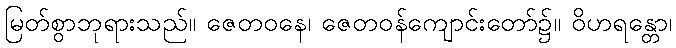
မြတ်စွာဘုရားသည်။ ဇေတဝနေ၊ ဇေတဝန်ကျောင်းတော်၌။ ဝိဟရန္တော၊